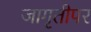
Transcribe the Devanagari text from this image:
जागृतीपर